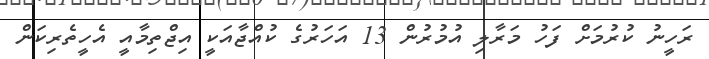
ރަހީނު ކުރުމަށް ފަހު މަރާލި އުމުރުން 13 އަހަރުގެ ކުއްޖާއަކީ އިޖްތިމާއީ އެހީތެރިކަން